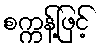
စက္ကန့်ဖြင့်